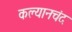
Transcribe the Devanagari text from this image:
कल्यानचंद